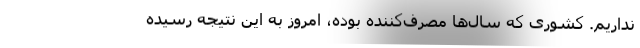
نداریم. کشوری که سال‌ها مصرف‌کننده بوده، امروز به این نتیجه رسیده